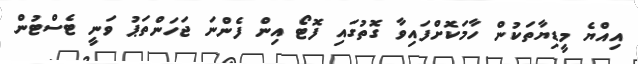
އިއްޔެ މީޑިޔާތަކުން ހާމަކޮށްފައިވާ ގޮތުގައި ފޮޓޯ އިން ފެންނަ ޖަހަންތަޕު ވަނީ ޓެސްޓުން